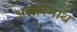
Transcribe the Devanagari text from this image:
अलारनाथ